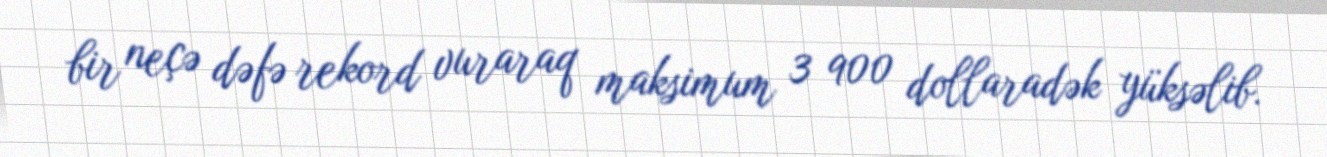
bir neçə dəfə rekord vuraraq maksimum 3 900 dollaradək yüksəlib.